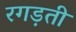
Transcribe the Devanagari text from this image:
रगड़ती